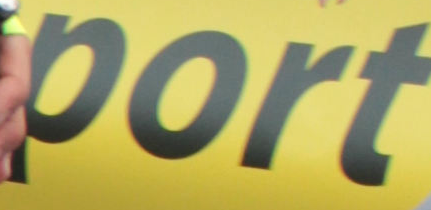
VINI